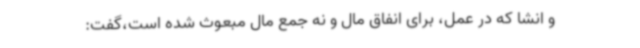
و انشا که در عمل، برای انفاق مال و نه جمع مال مبعوث شده است،گفت: